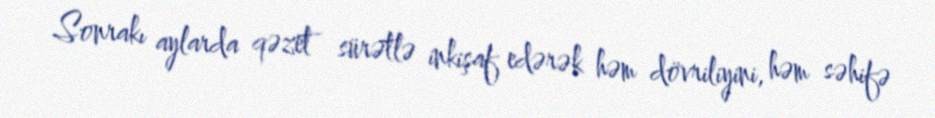
Sonrakı aylarda qəzet sürətlə inkişaf edərək həm dövriliyini, həm səhifə